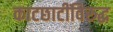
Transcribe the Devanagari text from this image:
काटछाटींविरुद्ध